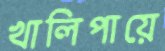
খালিপায়ে